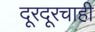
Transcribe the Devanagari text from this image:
दूरदूरचाही